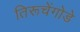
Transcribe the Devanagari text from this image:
तिरूचेंगोडे